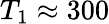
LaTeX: T_{1}\approx 300